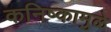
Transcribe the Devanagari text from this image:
कनिष्कामुळे